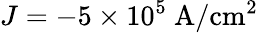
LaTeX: J=-5\times 10^{5}~\mathrm{A/cm^{2}}